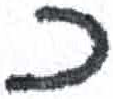
אות: כ